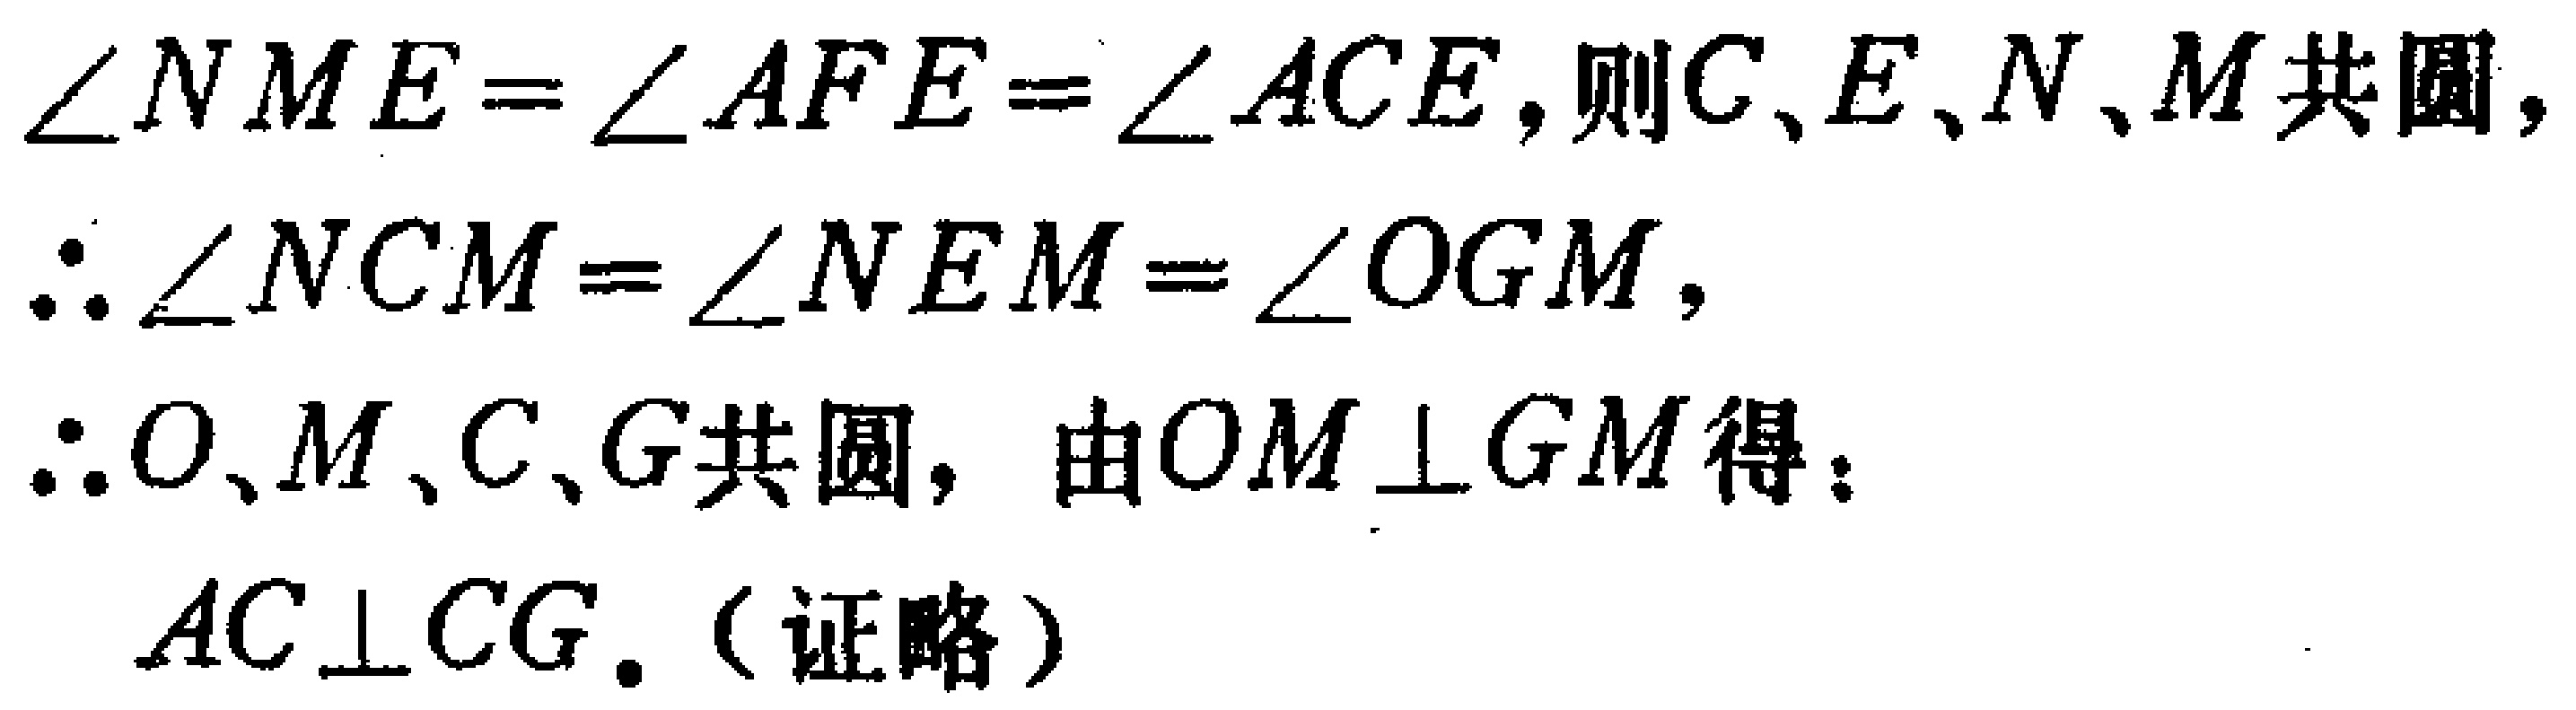
$\angle NME = \angle AFE = \angle ACE$, 则$C、E、N、M$共圆,
$\therefore \angle NCM = \angle NEM = \angle OGM$,
$\therefore O、M、C、G$共圆, 由$OM\perp GM$得:
$AC\perp CG$.（证略）